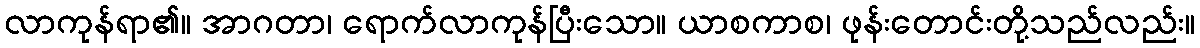
လာကုန်ရာ၏။ အာဂတာ၊ ရောက်လာကုန်ပြီးသော။ ယာစကာစ၊ ဖုန်းတောင်းတို့သည်လည်း။